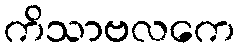
ကိသာဗလကေ